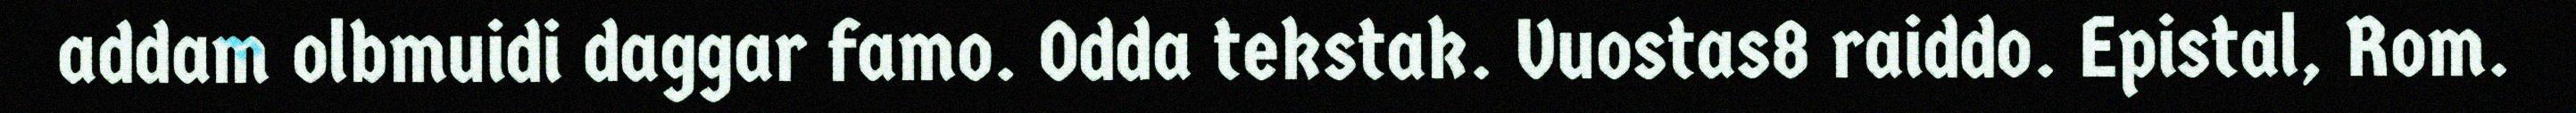
addam olbmuidi daggar famo. Odda tekstak. Vuostas8 raiddo. Epistal, Rom.